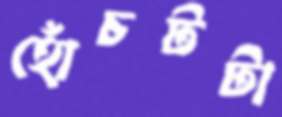
হোঁচটটা